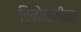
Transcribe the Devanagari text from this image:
विनोबाजींना